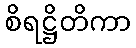
စိရဋ္ဌိတိကာ